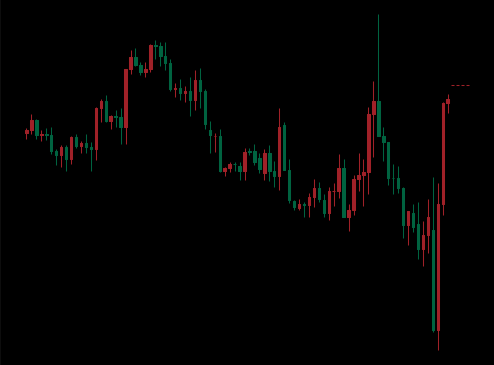
Pattern: unclassified